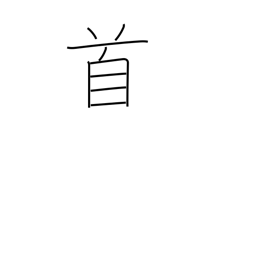
Meaning: counter for songs and poems